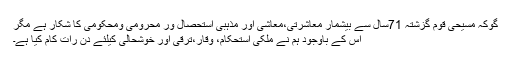
گوکہ مسیحی قوم گزشتہ 71سال سے بیشمار معاشرتی،معاشی اور مذہبی استحصال ور محرومی ومحکومی کا شکار ہے مگر
اس کے باوجود ہم نے ملکی استحکام، وقار،ترقی اور خوشحالی کیلئے دن رات کام کیا ہے۔